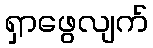
ရှာဖွေလျက်